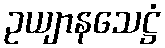
ဥယျာနသေဋ္ဌံ